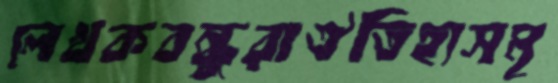
লেখকবন্ধুরাঐতিহ্যসমৃ